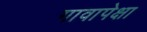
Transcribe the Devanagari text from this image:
गावापेक्षा